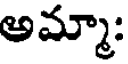
అమ్మా: